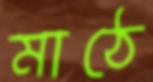
মাঠে